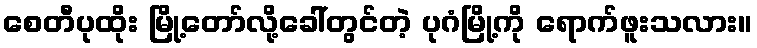
စေတီပုထိုး မြို့တော်လို့ခေါ်တွင်တဲ့ ပုဂံမြို့ကို ရောက်ဖူးသလား။